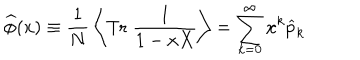
\widehat { \phi } ( x ) \equiv { \frac { 1 } { N } } \left\langle \mathrm { T r } \; { \frac { 1 } { 1 - x X } } \right\rangle = \sum _ { k = 0 } ^ { \infty } x ^ { k } \widehat { p } _ { k }